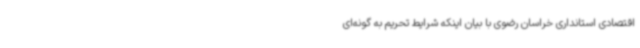
اقتصادی استانداری خراسان رضوی با بیان اینکه شرایط تحریم به گونه‌ای